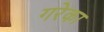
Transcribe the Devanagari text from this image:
गरेका